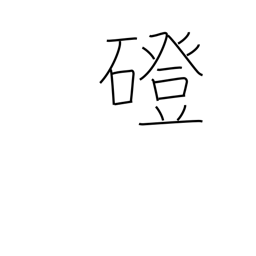
Meaning: stone bridge